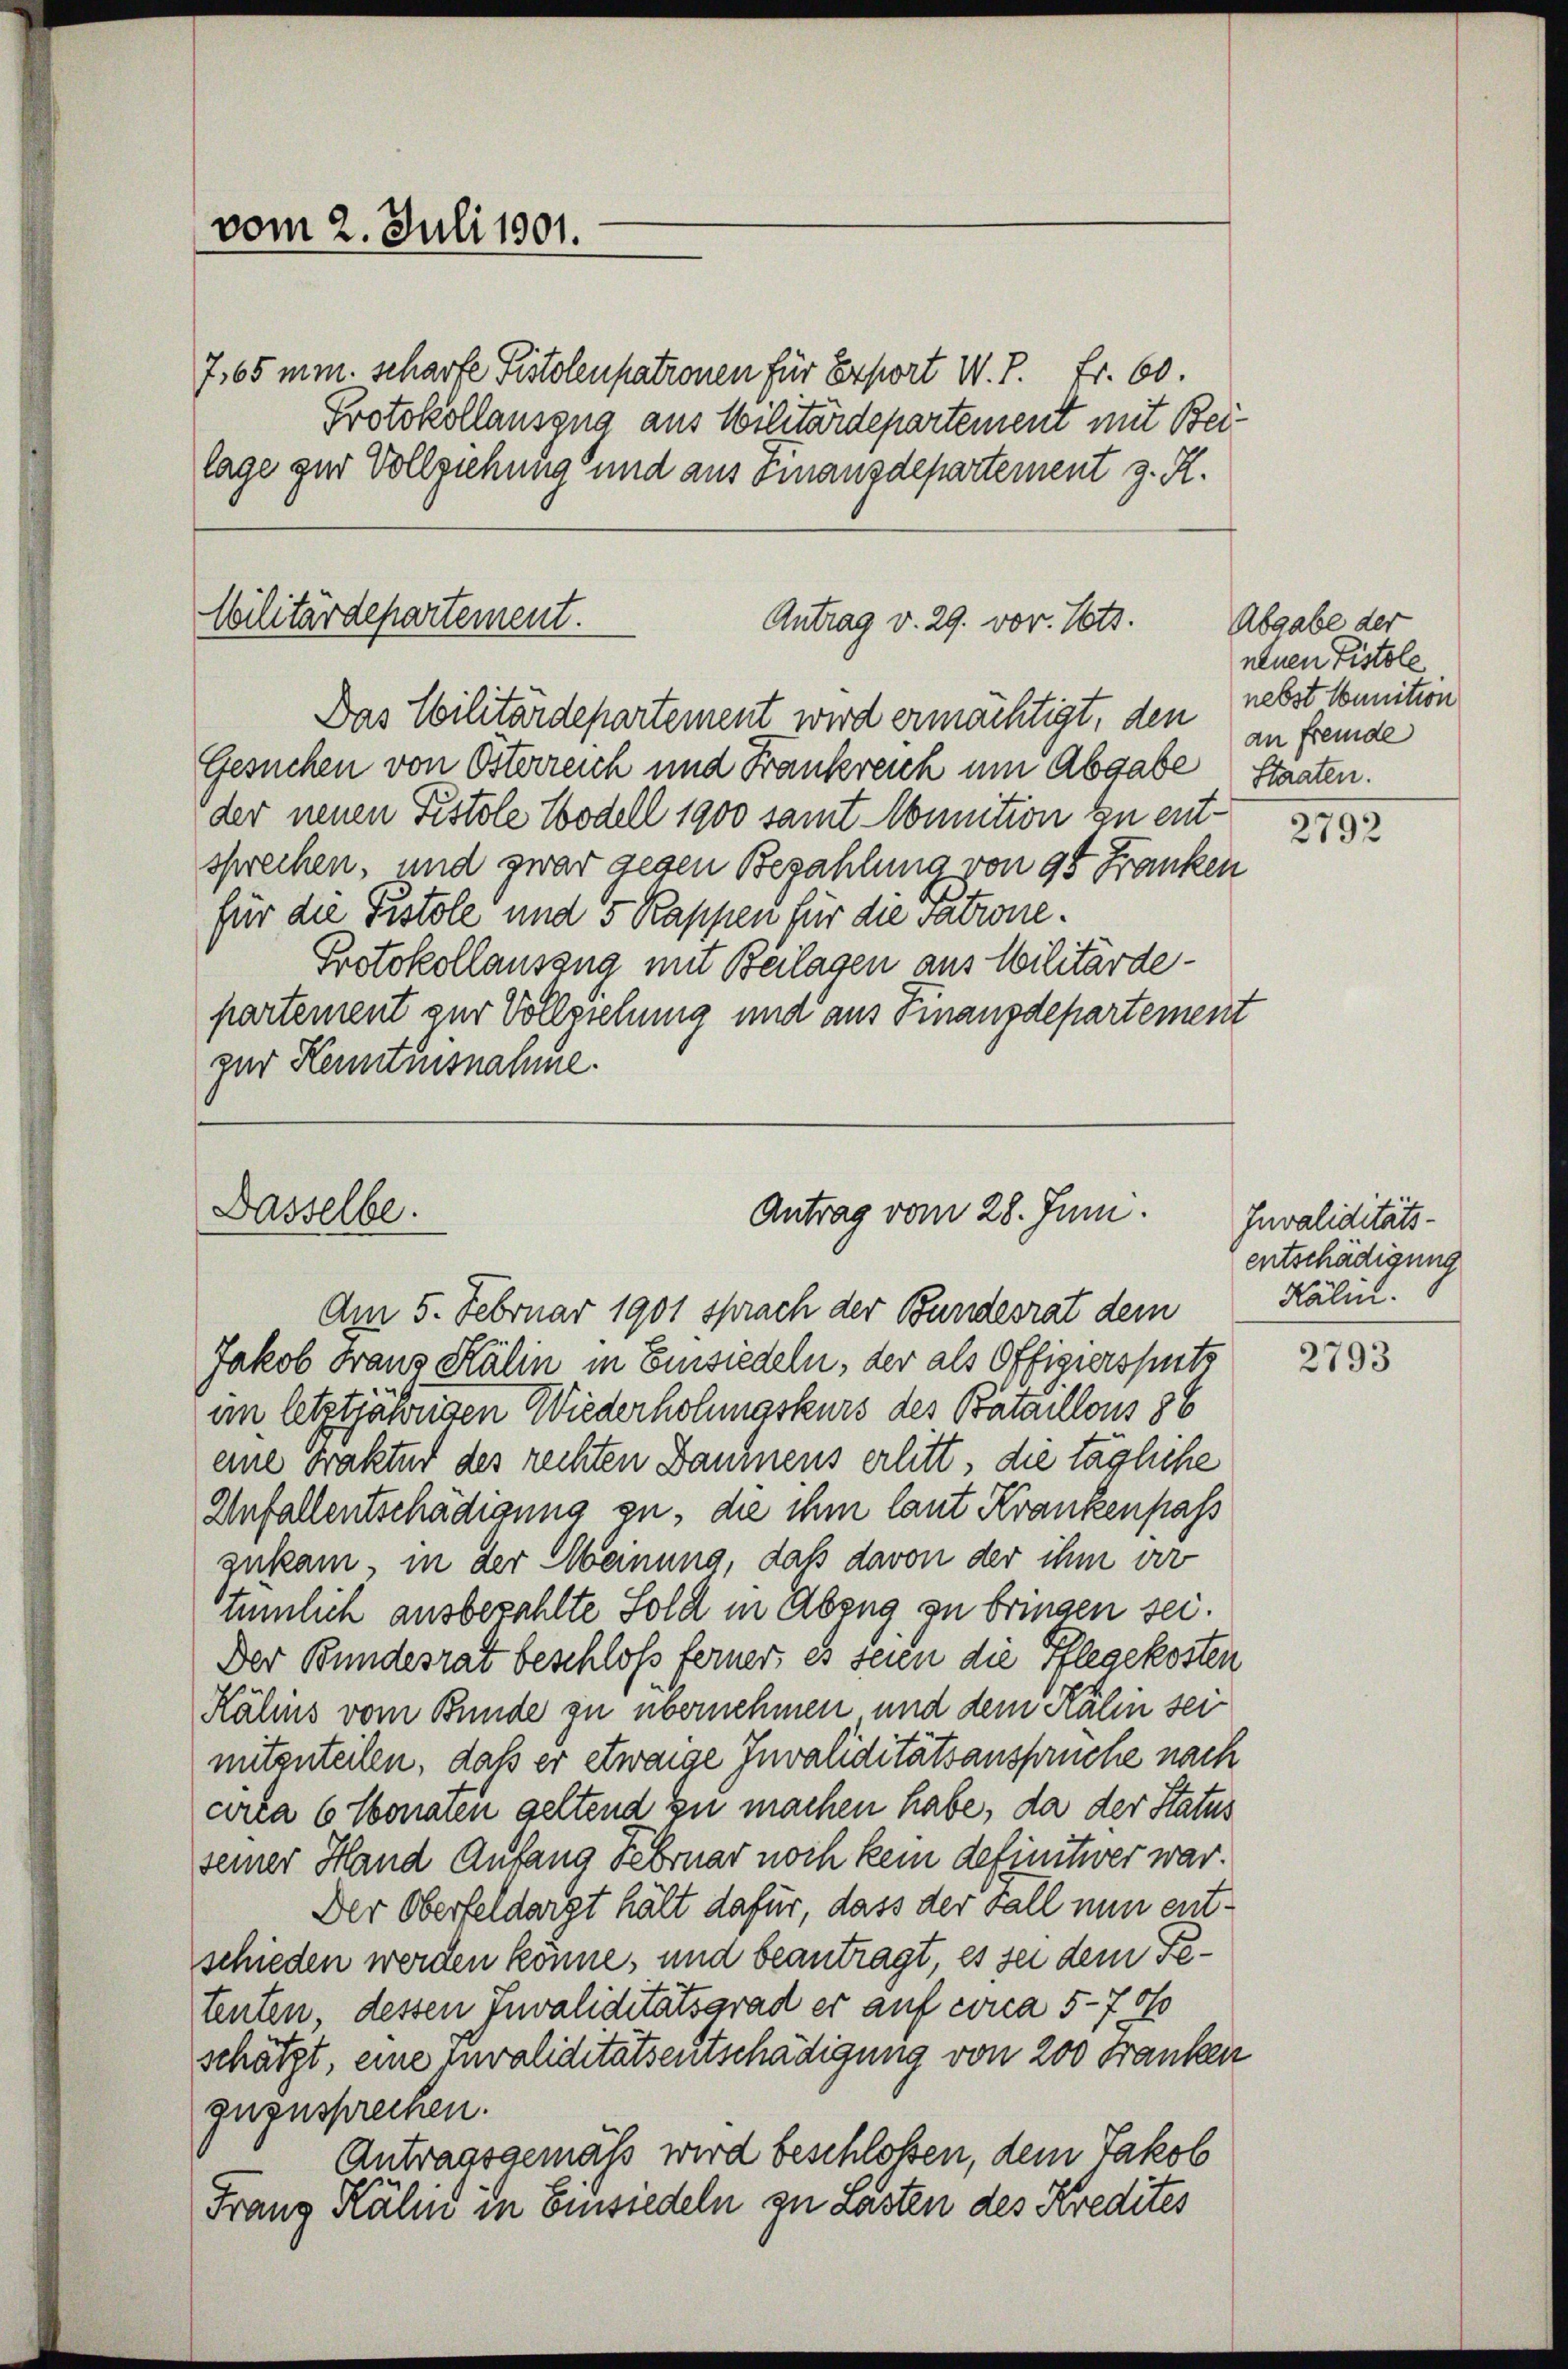
vom 2. Juli 1901.

Wilitärdepartement.
Antrag v. 29. vor. Pots.
Das Militärdepartement wird ermächtigt, den nebst Munition

Dasselbe.

7,65 mm. scharfe Pistolenpationen für Export W. P. Fr. 60.
Protokollauszug aus Militärdepartement mit Beilage zur Vollziehung und aus Finanzdepartement z. R.

Antrag vom 28. Juni.

Gesuchen von Österreich und Frankreich um Abgabe Staaten.
der neuen Fistole Bodell 1900 samt Munition zu entsprechen, und zwar gegen Bezahlung von 95 Franken
für die Pistole und 5 Kappen für die vatione.
Protokollauszug mit Beilagen aus Militärdepartement zur Vollziehung und aus Finanzdepartement
zur Kenntnisnahme.

Am 5. Februar 1901 sprach der Bundesrat dem
Jakob Franz Kälin in Einsiedeln, der als Offigierspitz
im letztjährigen Wiederholungskurs des Bataillons 86
eine Frakter des rechten Baumens erlitt, die tägliche
Anfallentschädigung zu, die ihm laut Krankenpass
zukam, in der Meinung, daß davon der ihm vor
tümlich ausbezahlte Sold in Abeng zu bringen sei.
Der Bundesrat beschloß ferner: es seien die Pflegekosten
Kälins vom Bunde zu übernehmen, und dem Kalen sei
mitzuteilen, daß er etwaige Invaliditätsanspruche nach
circa 6 Monaren geltend zu machen habe, da der Status
seiner Hand Anfang Februar noch kein definitiver war.
Der Oberfeldargt hält dafür, dass der Fall nun entschieden werden könne, und beantragt, es sei dem Fetenten, dessen Invaliditätsgrad er auf circa 5-75
schätzt, eine invaliditätsentschädigung von 200 Franken
zuzusprechen.
Antragsgemäß wird beschloßen, dem Jakob
Franz Kahn in Einsiedeln zu Lasten des Kredites

Abgabe der
neuen Pistole
an fremde

2792

Invaliditäts
entschädigung
Kälin.

2793